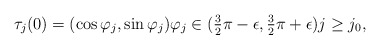
\begin{align*} \tau_j(0) = (\cos \varphi_j,\sin \varphi_j) \varphi_j\in (\tfrac{3}{2}\pi-\epsilon,\tfrac{3}{2}\pi + \epsilon) j\geq j_0, \end{align*}